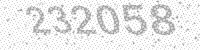
Solution: 232058